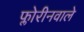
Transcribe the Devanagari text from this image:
फ्लोरीनवाले